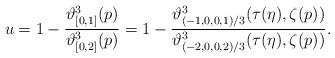
LaTeX: \begin{align*}u=1-\frac{\vartheta_{[0,1]}^3(p)}{\vartheta_{[0,2]}^3(p)}=1-\frac{\vartheta_{(-1,0,0,1)/3}^3(\tau(\eta),\zeta(p))}{\vartheta_{(-2,0,0,2)/3}^3(\tau(\eta),\zeta(p))}.\end{align*}